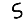
Digit: 5